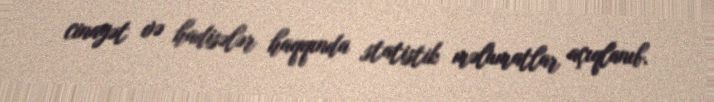
cinayət və hadisələr haqqında statistik məlumatlar açıqlanıb.